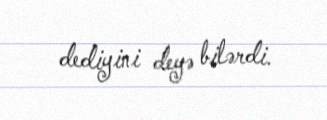
dediyini deyə bilərdi.